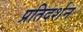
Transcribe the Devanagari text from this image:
प्रतिदर्शन